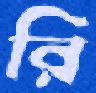
রি